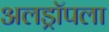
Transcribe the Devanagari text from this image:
अलड्रॉपला